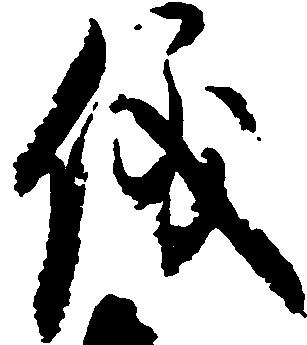
儀